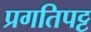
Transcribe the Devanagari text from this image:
प्रगतिपट्ट